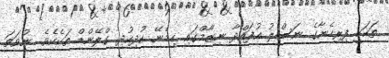
ތަކަކީ ފިރިހެނާގެ ނަސްލު އުފައްދާ ނިޒާމްގައި ހިމެނޭ ކުދިކުދި ގްލޭންޑް ތަކެކެވެ. ނުވަތަ